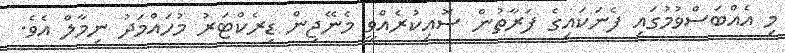
މި އެއްބަސްވުމުގައި ފެނަކައިގެ ފަރާތުން ސޮއިކުރެއްވީ މެނޭޖިން ޑިރެކްޓަރު މުހައްމަދު ނިމާލް އެވެ.